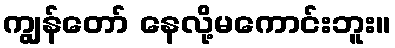
ကျွန်တော် နေလို့မကောင်းဘူး။